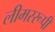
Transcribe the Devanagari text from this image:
लीमररूपी